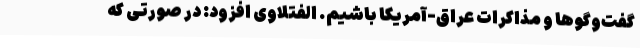
گفت‌وگوها و مذاکرات عراق-آمریکا باشیم. الفتلاوی افزود: در صورتی که